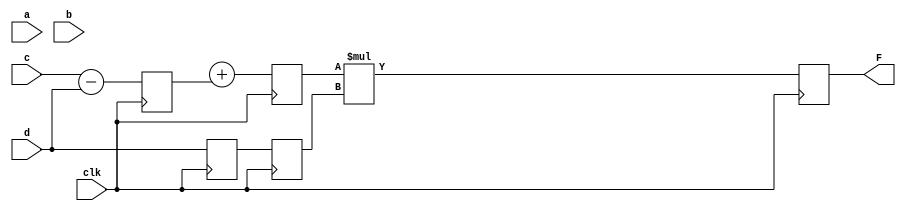
module alu_op(F,a,b,c,d,clk);
	parameter N=10;
	
	input [N-1:0] a,b,c,d;
	input clk;
	output [N-1:0] F;
	reg [N-1:0] L12_X1, L12_X2, L12_D, L23_X3,L23_D,L34_F;
	
	assign F=L34_F;
	  
	  //stage1
	always@(posedge clk)
		begin
			L12_X1 <= #4 a + b;
			L12_X2 <= #4 c - d;
			L12_D <= d;
			
			//stage 2
			 L23_X3 <= #4 LL12_X1 + L12_X2;
			 L23_D  <= L12_D;
			 
			 //stage3 
			 L34_F <= #6 L23_X3 * L23_D ;
		end

endmodule